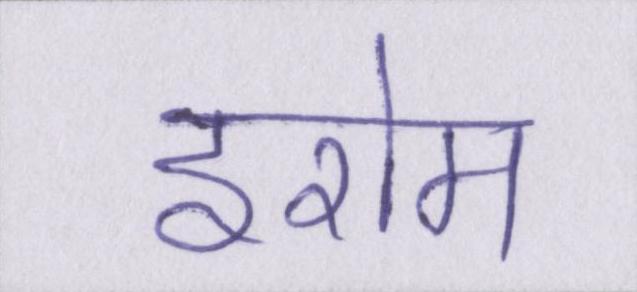
इरोम